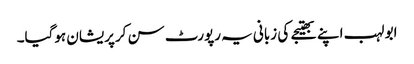
ابو لہب اپنے بھتیجے کی زبانی یہ رپورٹ سن کرپریشان ہوگیا۔